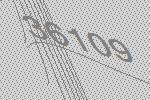
36109